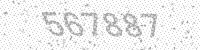
Solution: 567887